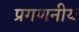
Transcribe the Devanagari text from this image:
प्रगणनीय